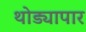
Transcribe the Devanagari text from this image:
थोड्यापार